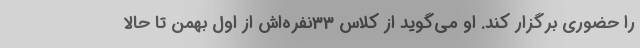
را حضوری برگزار کند. او می‌گوید از کلاس 33نفره‌اش از اول بهمن تا حالا